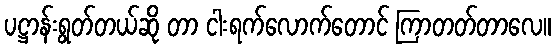
ပဋ္ဌာန်းရွတ်တယ်ဆို တာ ငါးရက်လောက်တောင် ကြာတတ်တာလေ။